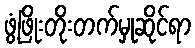
ဖွံ့ဖြိုးတိုးတက်မှုဆိုင်ရာ